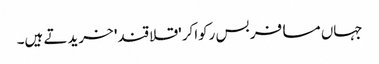
جہاں مسافر بس رکواکر 'قلاقند' خریدتے ہیں۔